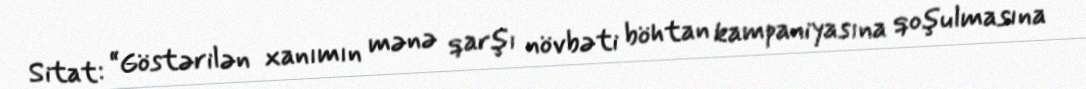
Sitat: “Göstərilən xanımın mənə qarşı növbəti böhtan kampaniyasına qoşulmasına